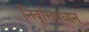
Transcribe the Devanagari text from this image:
निवृत्तिप्रधान